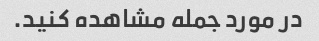
در مورد جمله مشاهده کنید.